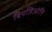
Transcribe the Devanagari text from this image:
बियजिओत्ति